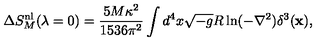
\Delta S _ { M } ^ { \mathrm { n l } } ( \lambda = 0 ) = \frac { 5 M \kappa ^ { 2 } } { 1 5 3 6 \pi ^ { 2 } } \int d ^ { 4 } x \sqrt { - g } R \ln ( - \nabla ^ { 2 } ) \delta ^ { 3 } ( { \bf x } ) ,